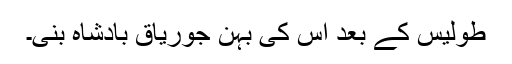
طولیس کے بعد اس کی بہن جوریاق بادشاہ بنی۔